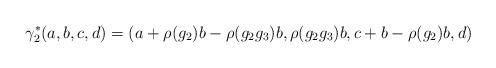
LaTeX: \begin{align*}\gamma_2^*(a,b,c,d)=(a+\rho(g_2)b-\rho(g_2g_3)b,\rho(g_2g_3)b,c+b-\rho(g_2)b,d)\end{align*}